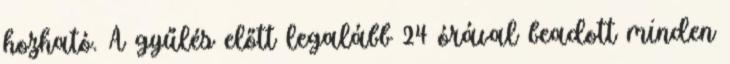
hozható. A gyűlés előtt legalább 24 órával beadott minden